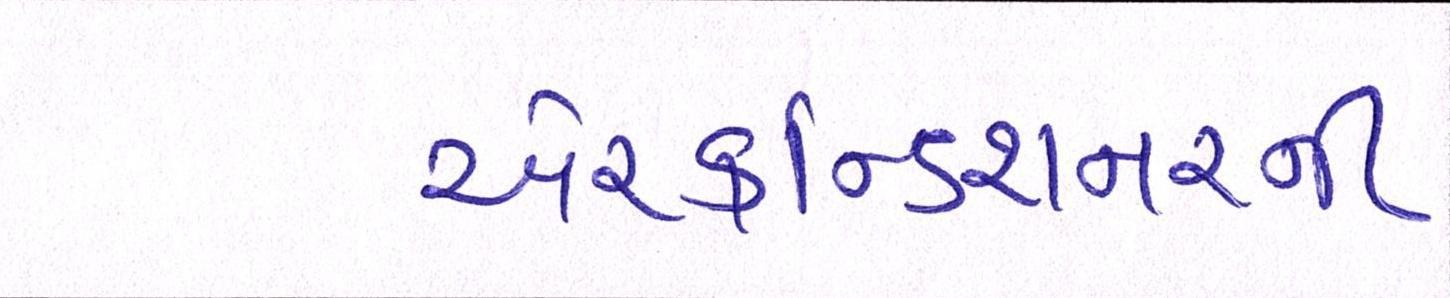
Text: એરકન્ડિશનરની